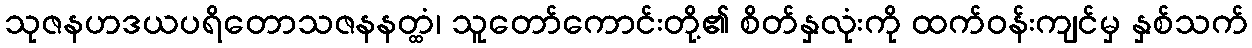
သုဇနဟဒယပရိတောသဇနနတ္ထံ၊ သူတော်ကောင်းတို့၏ စိတ်နှလုံးကို ထက်ဝန်းကျင်မှ နှစ်သက်